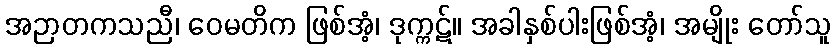
အဉာတကသညီ၊ ဝေမတိက ဖြစ်အံ့၊ ဒုက္ကဋ်။ အခါနှစ်ပါးဖြစ်အံ့၊ အမျိုး တော်သူ